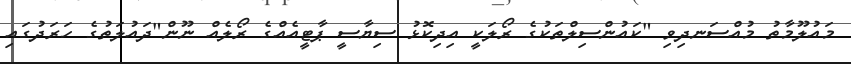
މައުލޫމާތު މުއްސަނދިވި "ކައުންސިލްތަކުގެ ރޯލަކީ އިދިކޮޅު ސިޔާސީ ޕާޓީއެއްގެ ރޯލެއް ނޫން"ދައުލަތުގެ ހަރަދުގައި